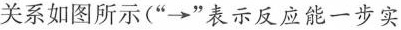
B关系如图所示(”\longrightarrow ”表示反应能一步实